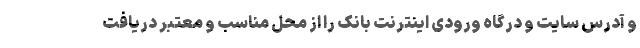
و آدرس سایت و درگاه ورودی اینترنت بانک را از محل مناسب و معتبر دریافت